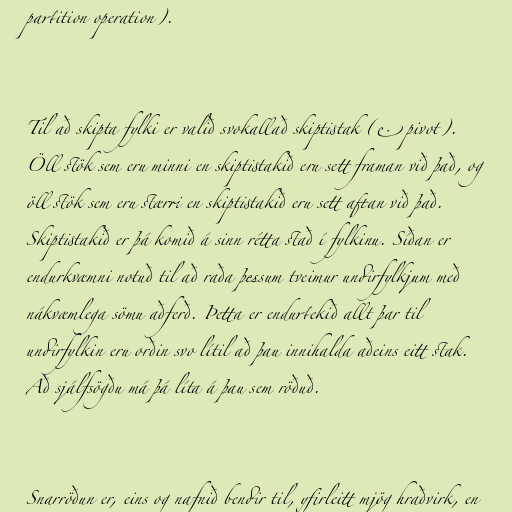
partition operation).

Til að skipta fylki er valið svokallað skiptistak (e. pivot).
Öll stök sem eru minni en skiptistakið eru sett framan við það, og
öll stök sem eru stærri en skiptistakið eru sett aftan við það.
Skiptistakið er þá komið á sinn rétta stað í fylkinu. Síðan er
endurkvæmni notuð til að raða þessum tveimur undirfylkjum með
nákvæmlega sömu aðferð. Þetta er endurtekið allt þar til
undirfylkin eru orðin svo lítil að þau innihalda aðeins eitt stak.
Að sjálfsögðu má þá líta á þau sem röðuð.

Snarröðun er, eins og nafnið bendir til, yfirleitt mjög hraðvirk, en